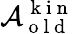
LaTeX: \mathcal{A}_{\mathrm{~o~l~d~}}^{\mathrm{~k~i~n~}}